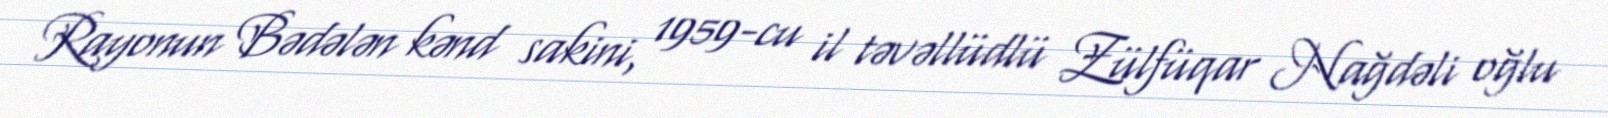
Rayonun Bədələn kənd sakini, 1959-cu il təvəllüdlü Zülfüqar Nağdəli oğlu